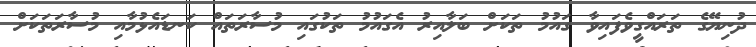
ދުނިޔޭގެ ތަރައްގީވެފައިވާ ގައުމު ތަކަށް ބަލާއިރު އެގައުމު ތަކުގައި މުސާރަތައް ކަނޑައެޅުމާއި މުސާރަތަކަށް